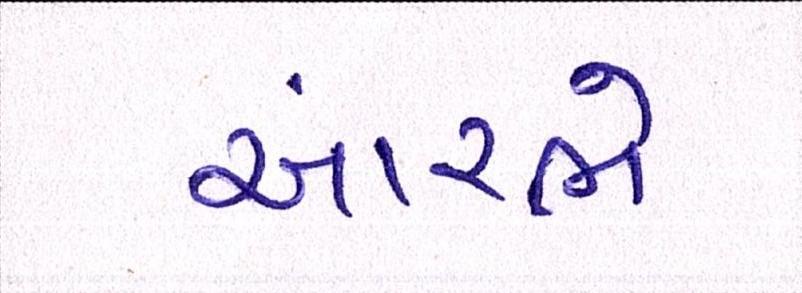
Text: આરંભે